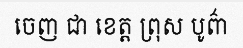
ចេញ ជា ខេត្ត ព្រុស បូព៌ា